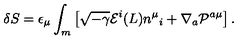
\delta S = \epsilon _ { \mu } \int _ { m } \left[ \sqrt { - \gamma } { \cal E } ^ { i } ( L ) n ^ { \mu } { } _ { i } + \nabla _ { a } { \cal P } ^ { a \mu } \right] .